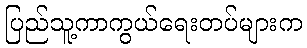
ပြည်သူ့ကာကွယ်ရေးတပ်များက